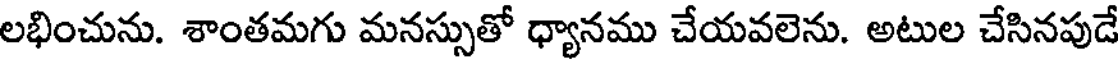
లభించును. శాంతమగు మనస్సుతో ధ్యానము చేయవలెను. అటుల చేసినపుడే